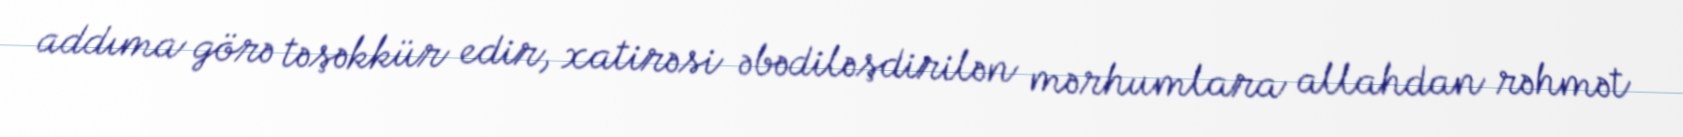
addıma görə təşəkkür edir, xatirəsi əbədiləşdirilən mərhumlara allahdan rəhmət